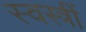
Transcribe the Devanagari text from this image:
स्वस्त्रीं